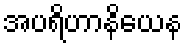
အပရိဟာနိယေန